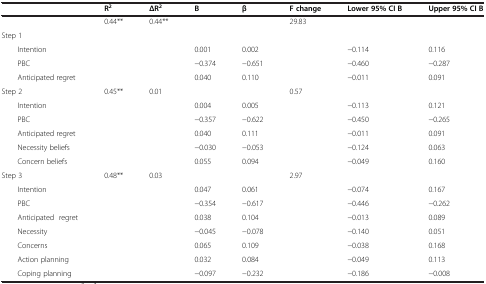
<table><thead><tr><td><b> </b></td><td><b>R<sup>2</sup></b></td><td><b>ΔR<sup>2</sup></b></td><td><b>B</b></td><td><b>β</b></td><td><b>F change</b></td><td><b>Lower 95% CI B</b></td><td><b>Upper 95% CI B</b></td></tr></thead><tbody><tr><td> </td><td>0.44**</td><td>0.44**</td><td> </td><td> </td><td>29.83</td><td> </td><td> </td></tr><tr><td>Step 1</td><td> </td><td> </td><td> </td><td> </td><td> </td><td> </td><td> </td></tr><tr><td>Intention</td><td> </td><td> </td><td>0.001</td><td>0.002</td><td> </td><td>−0.114</td><td>0.116</td></tr><tr><td>PBC</td><td> </td><td> </td><td>−0.374</td><td>−0.651</td><td> </td><td>−0.460</td><td>−0.287</td></tr><tr><td>Anticipated regret</td><td> </td><td> </td><td>0.040</td><td>0.110</td><td> </td><td>−0.011</td><td>0.091</td></tr><tr><td>Step 2</td><td>0.45**</td><td>0.01</td><td> </td><td> </td><td>0.57</td><td> </td><td> </td></tr><tr><td>Intention</td><td> </td><td> </td><td>0.004</td><td>0.005</td><td> </td><td>−0.113</td><td>0.121</td></tr><tr><td>PBC</td><td> </td><td> </td><td>−0.357</td><td>−0.622</td><td> </td><td>−0.450</td><td>−0.265</td></tr><tr><td>Anticipated regret</td><td> </td><td> </td><td>0.040</td><td>0.111</td><td> </td><td>−0.011</td><td>0.091</td></tr><tr><td>Necessity beliefs</td><td> </td><td> </td><td>−0.030</td><td>−0.053</td><td> </td><td>−0.124</td><td>0.063</td></tr><tr><td>Concern beliefs</td><td> </td><td> </td><td>0.055</td><td>0.094</td><td> </td><td>−0.049</td><td>0.160</td></tr><tr><td>Step 3</td><td>0.48**</td><td>0.03</td><td> </td><td> </td><td>2.97</td><td> </td><td> </td></tr><tr><td>Intention</td><td> </td><td> </td><td>0.047</td><td>0.061</td><td> </td><td>−0.074</td><td>0.167</td></tr><tr><td>PBC</td><td> </td><td> </td><td>−0.354</td><td>−0.617</td><td> </td><td>−0.446</td><td>−0.262</td></tr><tr><td>Anticipated regret</td><td> </td><td> </td><td>0.038</td><td>0.104</td><td> </td><td>−0.013</td><td>0.089</td></tr><tr><td>Necessity</td><td> </td><td> </td><td>−0.045</td><td>−0.078</td><td> </td><td>−0.140</td><td>0.051</td></tr><tr><td>Concerns</td><td> </td><td> </td><td>0.065</td><td>0.109</td><td> </td><td>−0.038</td><td>0.168</td></tr><tr><td>Action planning</td><td> </td><td> </td><td>0.032</td><td>0.084</td><td> </td><td>−0.049</td><td>0.113</td></tr><tr><td>Coping planning</td><td> </td><td> </td><td>−0.097</td><td>−0.232</td><td> </td><td>−0.186</td><td>−0.008</td></tr></tbody></table>